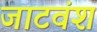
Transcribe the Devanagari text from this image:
जाटवंश